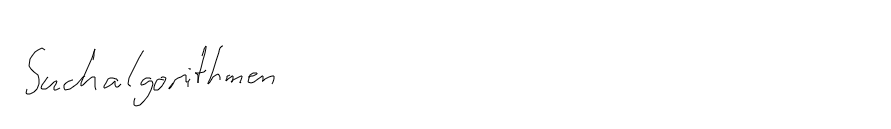
Suchalgorithmen